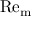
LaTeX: \mathrm { R e } _ { \mathrm { m } }